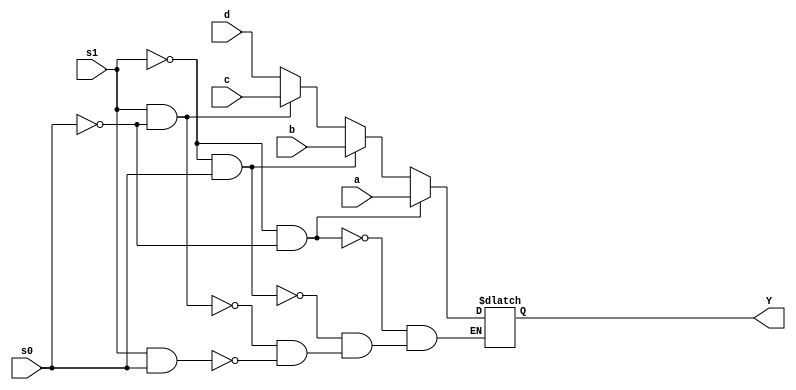
module MUX4x1(output reg Y, input a, b, c, d, s0, s1);
    
    always @ (*)
    begin
        if(s1 == 1'b0 & s0 == 1'b0) Y <= a;
        else if(s1 == 1'b0 & s0 == 1'b1) Y <= b;
        else if(s1 == 1'b1 & s0 == 1'b0) Y <= c;
        else if(s1 == 1'b1 & s0 == 1'b1) Y <= d;
    end

endmodule